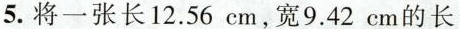
5.将一张长12.56cm，宽9.42cm的长